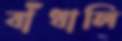
বাঁধালি